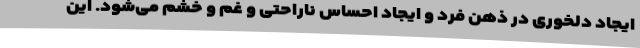
ایجاد دلخوری در ذهن فرد و ایجاد احساس ناراحتی و غم و خشم می‌شود. این